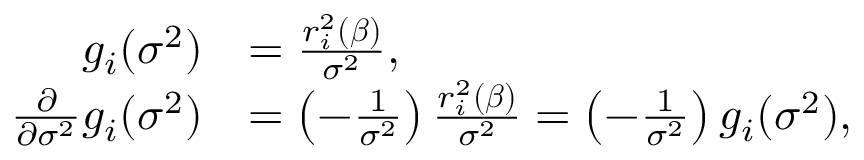
\begin{array} { r l } { g _ { i } ( \sigma ^ { 2 } ) } & { = \frac { r _ { i } ^ { 2 } ( \boldsymbol { \beta } ) } { \sigma ^ { 2 } } , } \\ { \frac { \partial } { \partial \sigma ^ { 2 } } g _ { i } ( \sigma ^ { 2 } ) } & { = \left( - \frac { 1 } { \sigma ^ { 2 } } \right) \frac { r _ { i } ^ { 2 } ( \boldsymbol { \beta } ) } { \sigma ^ { 2 } } = \left( - \frac { 1 } { \sigma ^ { 2 } } \right) g _ { i } ( \sigma ^ { 2 } ) , } \end{array}